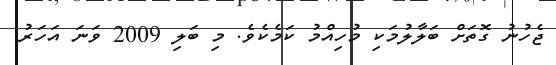
ޖެހުނު ގޮތަށް ބަލާލުމަކި މުހިއްމު ކަމެކެވެ. މި ބަލި 2009 ވަނަ އަހަރު